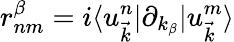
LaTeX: r_{nm}^{\beta}=i\langle u_{\vec{k}}^{n}|\partial_{k_{\beta}}|u_{\vec{k}}^{m}\rangle